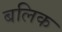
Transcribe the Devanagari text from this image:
बलिक